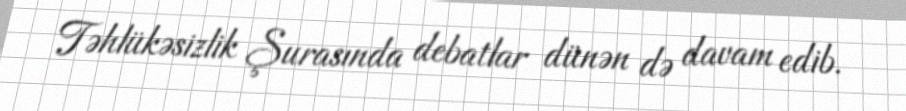
Təhlükəsizlik Şurasında debatlar dünən də davam edib.